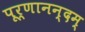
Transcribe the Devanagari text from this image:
पूर्णानन्दम्